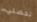
تحصلي